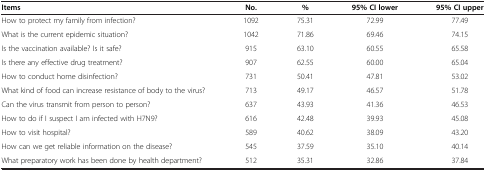
| Items | No. | % | 95% CI lower | 95% CI upper |
 | --- | --- | --- | --- | --- |
 | How to protect my family from infection? | 1092 | 75.31 | 72.99 | 77.49 |
 | What is the current epidemic situation? | 1042 | 71.86 | 69.46 | 74.15 |
 | Is the vaccination available? Is it safe? | 915 | 63.10 | 60.55 | 65.58 |
 | Is there any effective drug treatment? | 907 | 62.55 | 60.00 | 65.04 |
 | How to conduct home disinfection? | 731 | 50.41 | 47.81 | 53.02 |
 | What kind of food can increase resistance of body to the virus? | 713 | 49.17 | 46.57 | 51.78 |
 | Can the virus transmit from person to person? | 637 | 43.93 | 41.36 | 46.53 |
 | How to do if I suspect I am infected with H7N9? | 616 | 42.48 | 39.93 | 45.08 |
 | How to visit hospital? | 589 | 40.62 | 38.09 | 43.20 |
 | How can we get reliable information on the disease? | 545 | 37.59 | 35.10 | 40.14 |
 | What preparatory work has been done by health department? | 512 | 35.31 | 32.86 | 37.84 |